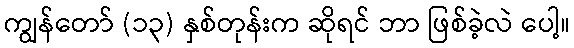
ကျွန်တော် (၁၃) နှစ်တုန်းက ဆိုရင် ဘာ ဖြစ်ခဲ့လဲ ပေါ့။